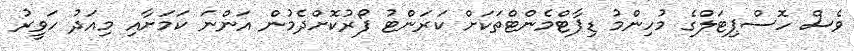
ވެސް ހޮސްޕިޓަލްގެ މުހިންމު ޑިޕާޓްމެންޓްތަކަށް ކަރަންޓު ފޯރުކޮށްދެމުން އަންނަ ކަމަށާއި މިއަދު ހަވީރު